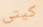
كيتى